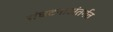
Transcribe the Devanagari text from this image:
संघटनाअंतर्गत